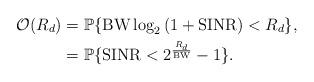
LaTeX: \begin{align*}\mathcal{O}(R_d)&=\mathbb{P} \{ {\rm BW} \log_{2} \left(1+{\rm SINR} \right)<R_{d} \}, \\&=\mathbb{P} \{ {\rm SINR}<2^{\frac{R_{d}}{{\rm BW}}}-1 \}.\end{align*}